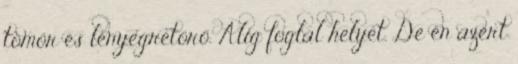
tömör és lényegretörő. Alig foglal helyet. De én azért